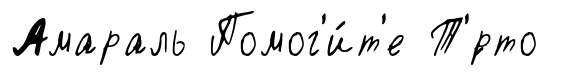
Амараль Помог'и́т'е Т'́рто